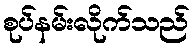
စုပ်နမ်းလိုက်သည်